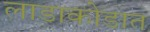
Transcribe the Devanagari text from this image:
लाडाकोडात